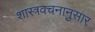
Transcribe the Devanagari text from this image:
शास्त्रवचनानुसार